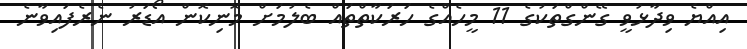
އިއްޔެ ވިދާޅުވީ ގޭންގްތަކުގެ 11 މީހެއްގެ ހަރަކާތްތައް ބެލުމަށް މޮނިކޮން އޯޑަރު ނެރެފައިވާނެ